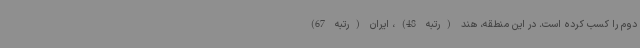
دوم را کسب کرده است. در این منطقه، هند (رتبه 48)، ایران (رتبه 67)